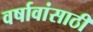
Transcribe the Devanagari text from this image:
वर्षावांसाठी